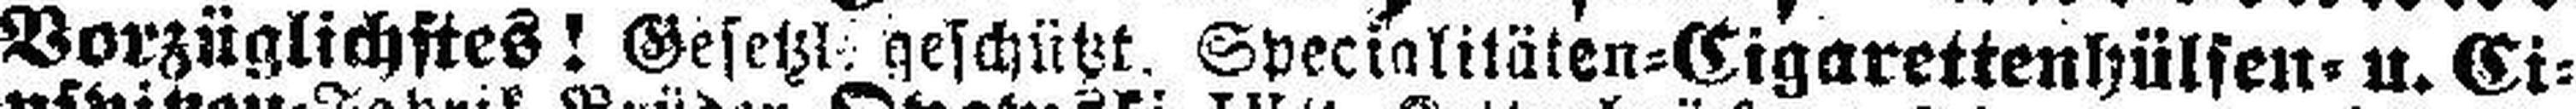
Vorzüglichstes! Gesetzt geschützt. Specialitäten=Cigarettenhülfen= u. Ci¬